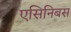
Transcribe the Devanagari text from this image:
एसिनिबस